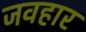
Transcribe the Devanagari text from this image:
जवहार